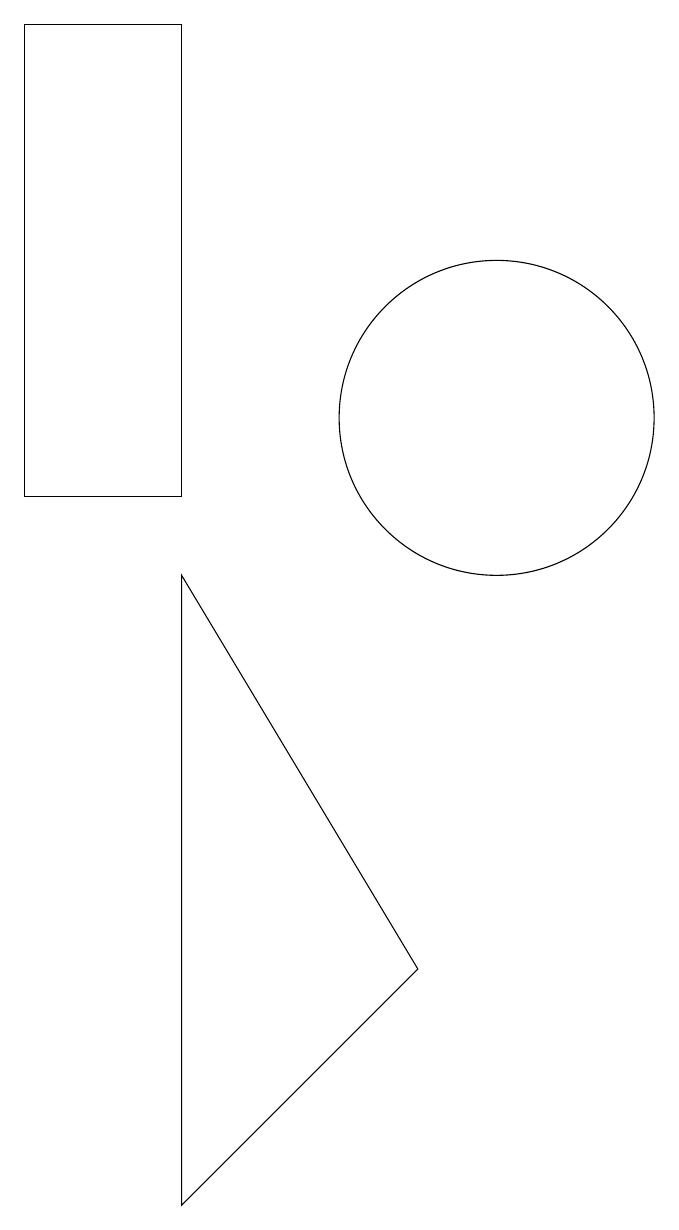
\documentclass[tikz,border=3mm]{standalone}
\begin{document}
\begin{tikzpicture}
\draw (10,11) circle (2);
\draw (6,16) rectangle (4,10);
\draw (6,9) -- (6,1) -- (9,4) -- cycle;
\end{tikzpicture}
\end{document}